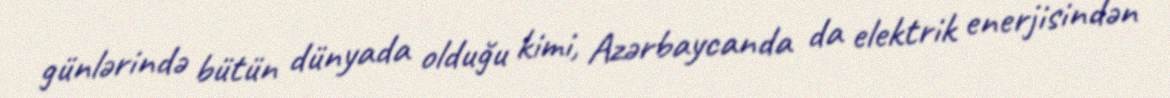
günlərində bütün dünyada olduğu kimi, Azərbaycanda da elektrik enerjisindən